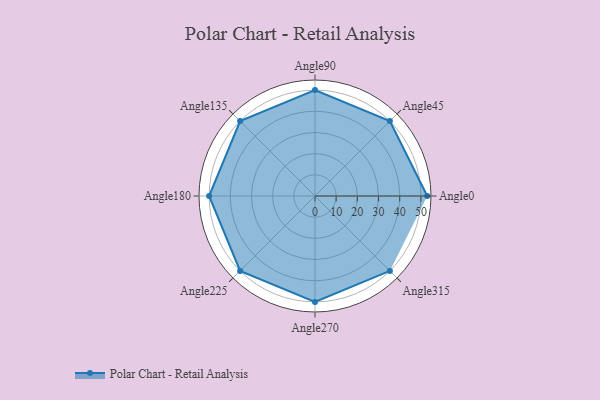
{"axis": {"x": "Angle", "y": "Radius"}, "legend": [""], "data": [{"x": "Angle0", "y": 53.0, "type": ""}, {"x": "Angle45", "y": 50, "type": ""}, {"x": "Angle90", "y": 50, "type": ""}, {"x": "Angle135", "y": 50, "type": ""}, {"x": "Angle180", "y": 50, "type": ""}, {"x": "Angle225", "y": 50, "type": ""}, {"x": "Angle270", "y": 50, "type": ""}, {"x": "Angle315", "y": 50, "type": ""}]}